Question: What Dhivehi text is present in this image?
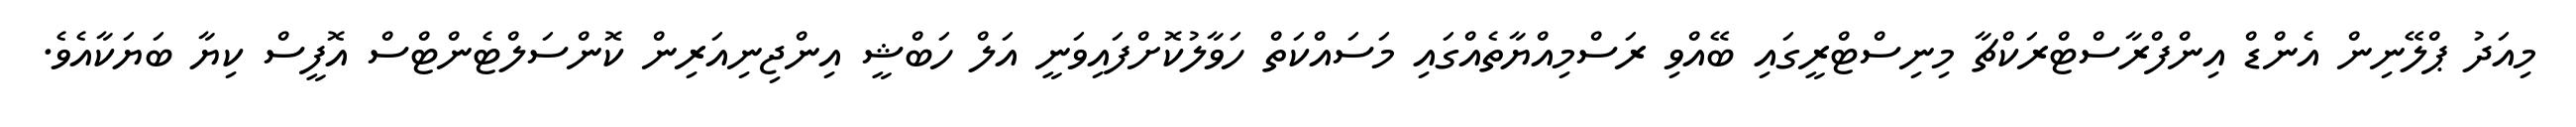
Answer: މިއަދު ޕްލޭނިން އެންޑް އިންފްރާސްޓްރަކްޗާ މިނިސްޓްރީގައި ބޭއްވި ރަސްމިއްޔާތެއްގައި މަސައްކަތް ހަވާލުކޮށްފައިވަނީ އަލް ހަބްޝީ އިންޖިނިއަރިން ކޮންސަލްޓެންޓްސް އޮފީސް ކިޔާ ބަޔަކާއެވެ.